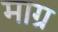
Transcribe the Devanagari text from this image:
माग्र